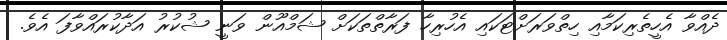
ދެއްވާ އެހީތެރިކަމާއި ހިތްވަރަށްޓަކައި އެހުރިހާ ފަރާތްތަކަށް ޝަމްއޫން ވަނީ ޝުކުރު އަދާކުރައްވާފަ އެވެ.